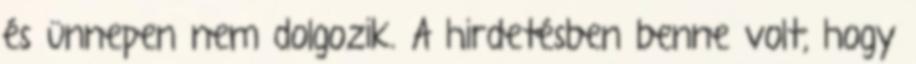
és ünnepen nem dolgozik. A hirdetésben benne volt, hogy